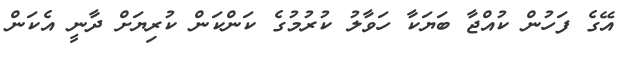
އޭގެ ފަހުން ކުއްޖާ ބަޔަކާ ހަވާލު ކުރުމުގެ ކަންކަން ކުރިޔަށް ދާނީ އެކަން